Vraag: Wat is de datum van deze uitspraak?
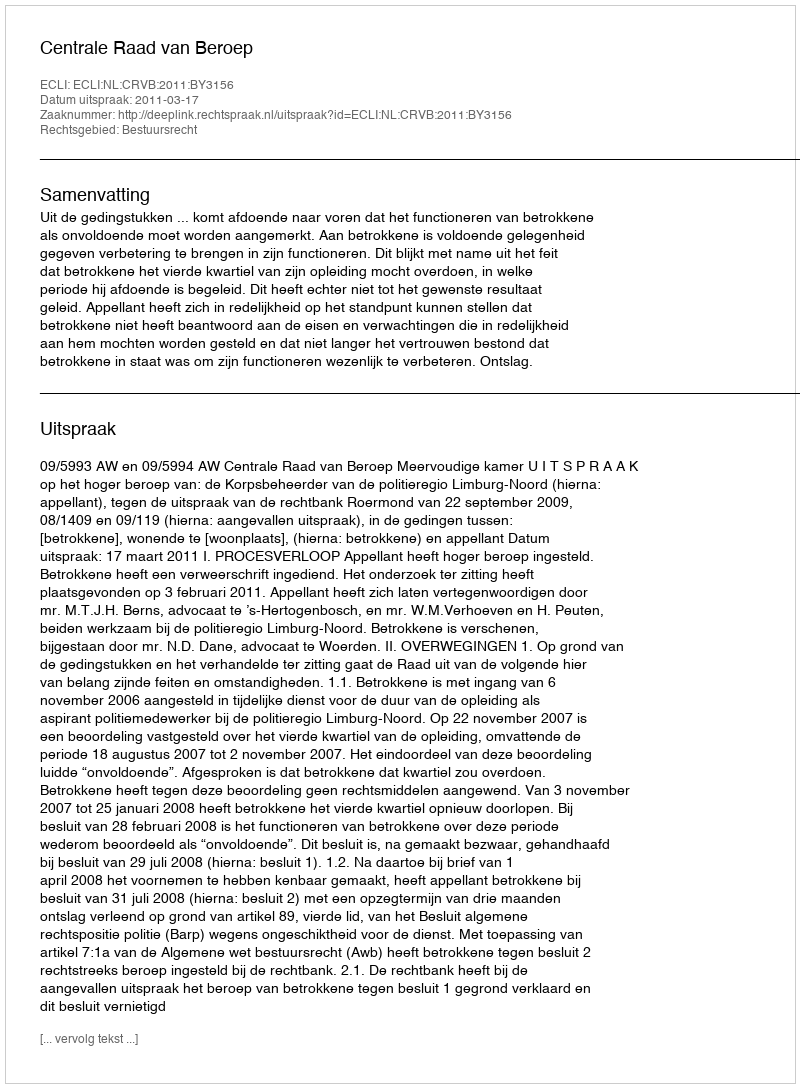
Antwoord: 2011-03-17